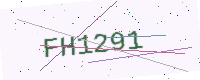
Text: FH1291